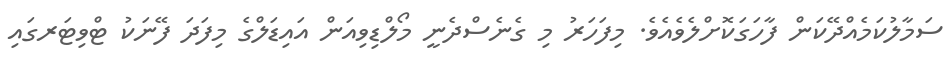
ސަމާލުކަމެއްދޭކަން ފާހަގަކޮށްލެވެއެވެ. މިފަހަރު މި ގެނެސްދެނީ މޯލްޑިވިއަން އައިޑަލްގެ މިފަދަ ފޭނަކު ޓްވިޓަރގައި